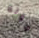
موته